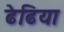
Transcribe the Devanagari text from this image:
ढेढिया